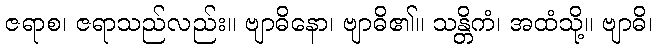
ဇရာစ၊ ဇရာသည်လည်း။ ဗျာဓိနော၊ ဗျာဓိ၏။ သန္တိကံ၊ အထံသို့။ ဗျာဓိ၊